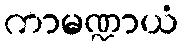
ကာမဏ္ဍာယံ